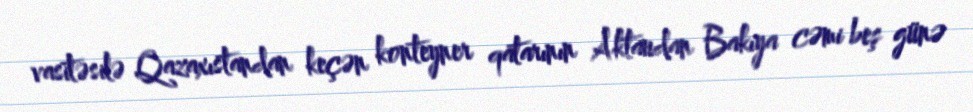
vasitəsilə Qazaxıstandan keçən konteyner qatarının Aktaudan Bakıya cəmi beş günə